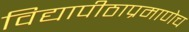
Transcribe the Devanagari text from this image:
विद्यापीठाप्रमाणेच